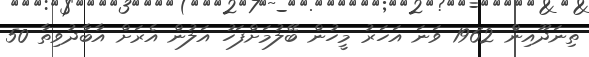
ތިނަދޫއިން 1962 ވަނަ އަހަރު މީހުން ބޭލުމަށްފަހު އަލުން އެރަށް އާބާދުވިތާ 50